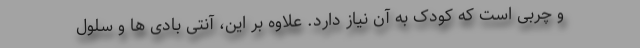
و چربی است که کودک به آن نیاز دارد. علاوه بر این، آنتی بادی ها و سلول